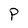
Character: P